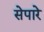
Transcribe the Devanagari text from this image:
सेपारे